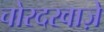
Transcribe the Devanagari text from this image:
चोरदरवाज़े